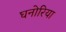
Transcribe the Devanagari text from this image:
घनोरिया